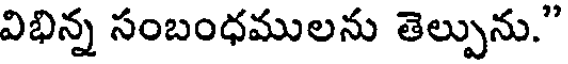
విభిన్న సంబంధములను తెల్పును."